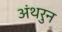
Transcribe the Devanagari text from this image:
अंथरुन